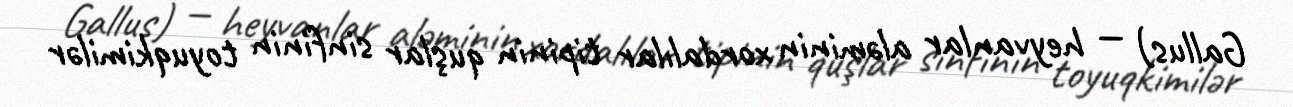
Gallus) — heyvanlar aləminin xordalılar tipinin quşlar sinfinin toyuqkimilər